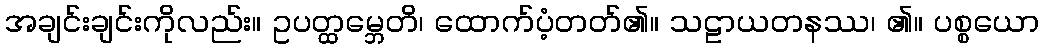
အချင်းချင်းကိုလည်း။ ဥပတ္ထမ္ဘေတိ၊ ထောက်ပံ့တတ်၏။ သဠာယတနဿ၊ ၏။ ပစ္စယော